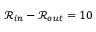
\mathcal { R } _ { i n } - \mathcal { R } _ { o u t } = 1 0